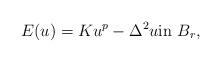
LaTeX: \begin{align*}E(u)=Ku^{p}-\Delta^2 u \mbox{in }B_r,\end{align*}